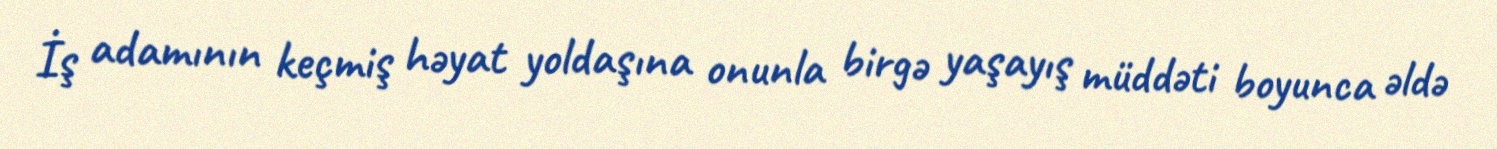
İş adamının keçmiş həyat yoldaşına onunla birgə yaşayış müddəti boyunca əldə